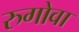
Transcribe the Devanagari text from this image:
रुगोवा